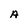
Character: A